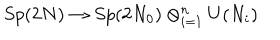
S p ( 2 N ) \to S p ( 2 N _ { 0 } ) \otimes _ { i = 1 } ^ { n } U ( N _ { i } )